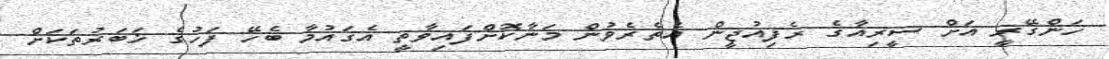
ހަންގޭރީ އަށް ސީރިއާގެ ރެފިއުޖީން އެތެރެވުން މަނާކޮށްފައިވާތީ އެގައުމާ ބެހޭ ފަހުގެ ޚަބަރުތަކަށް